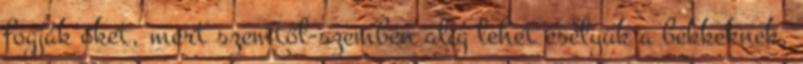
fogják őket, mert szemtől-szemben alig lehet esélyük a bekkeknek.